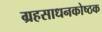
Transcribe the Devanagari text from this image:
ग्रहसाधनकोष्ठक